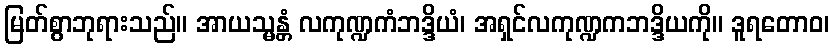
မြတ်စွာဘုရားသည်။ အာယသ္မန္တံ လကုဏ္ဍကံဘဒ္ဒိယံ၊ အရှင်လကုဏ္ဍကဘဒ္ဒိယကို။ ဒူရတောဝ၊